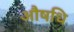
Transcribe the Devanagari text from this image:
औषधि